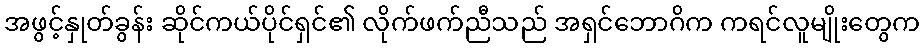
အဖွင့်နှုတ်ခွန်း ဆိုင်ကယ်ပိုင်ရှင်၏ လိုက်ဖက်ညီသည် အရှင်ဘောဂိက ကရင်လူမျိုးတွေက